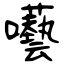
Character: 囈